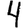
Digit: 4